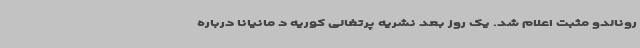
رونالدو مثبت اعلام شد. یک روز بعد نشریه پرتغالی کوریه د مانیانا درباره